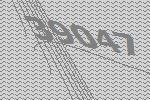
39047